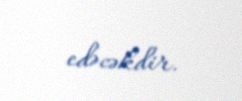
edəcəkdir.